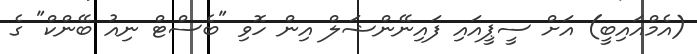
(އެމްއައިބީ) އަށް ސީޕީއައި ފައިނޭންޝަލް އިން ހޮވި "ބެސްޓް ނިއު ބޭންކް" ގެ